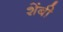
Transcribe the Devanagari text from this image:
शेंबी